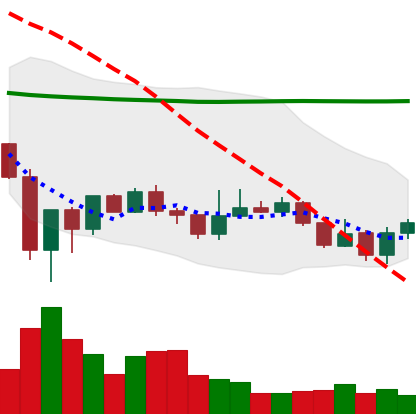
Ticker: LINK-USD
Chart end date: 2020-01-04
Forward return: 18.798%
Label: up_7plus